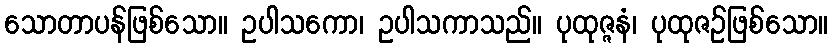
သောတာပန်ဖြစ်သော။ ဥပါသကော၊ ဥပါသကာသည်။ ပုထုဇ္ဇနံ၊ ပုထုဇဉ်ဖြစ်သော။